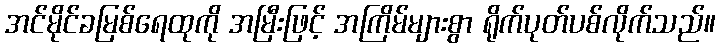
အင်မိုင်ခမြစ်ရေထုကို အမြီးဖြင့် အကြိမ်များစွာ ရိုက်ပုတ်ပစ်လိုက်သည်။